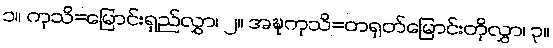
၁။ ကုသိ=မြောင်းရှည်လွှာ၊ ၂။ အဍ္ဎကုသိ=တရုတ်မြောင်းတိုလွှာ၊ ၃။